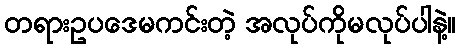
တရားဥပဒေမကင်းတဲ့ အလုပ်ကိုမလုပ်ပါနဲ့။